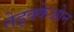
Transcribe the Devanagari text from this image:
तेइक्केओन